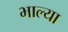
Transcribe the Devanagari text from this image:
भाल्या